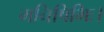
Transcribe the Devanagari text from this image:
मनिषिभिः।